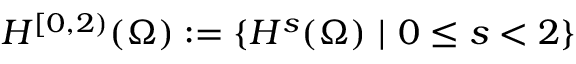
H ^ { [ 0 , 2 ) } ( \Omega ) : = \{ H ^ { s } ( \Omega ) \ | \ 0 \le s < 2 \}